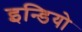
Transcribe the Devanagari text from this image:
इन्डियो